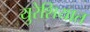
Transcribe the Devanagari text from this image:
युरेशियात